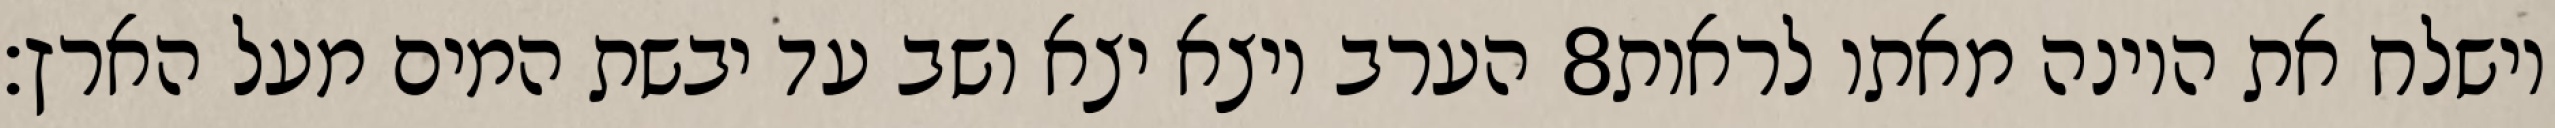
הערב ויצא יצא ושב עד יבשת המים מעל הארץ׃ ‎8‏ וישלח את היונה מאתו לראות